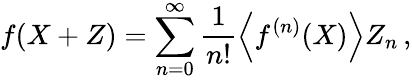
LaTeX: f(X+Z)=\sum_{n=0}^{\infty}\frac{1}{n!}\left\langle f^{(n)}(X)\right\rangle Z_{n}\, ,